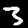
Label: 3